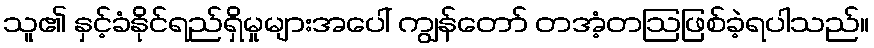
သူ၏ နှင့်ခံနိုင်ရည်ရှိမှုများအပေါ် ကျွန်တော် တအံ့တဩဖြစ်ခဲ့ရပါသည်။